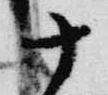
十